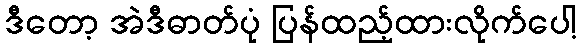
ဒီတော့ အဲဒီဓာတ်ပုံ ပြန်ထည့်ထားလိုက်ပေါ့